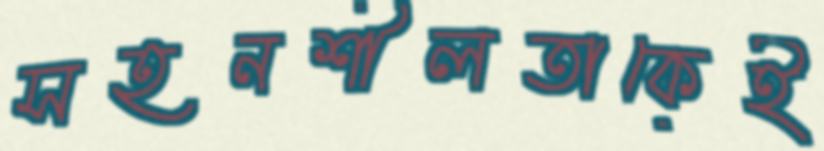
সহনশীলতাকেই